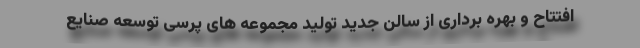
افتتاح و بهره برداری از سالن جدید تولید مجموعه های پرسی توسعه صنایع